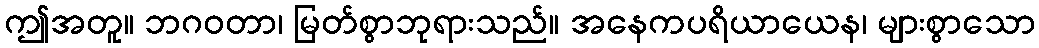
ဤအတူ။ ဘဂဝတာ၊ မြတ်စွာဘုရားသည်။ အနေကပရိယာယေန၊ များစွာသော